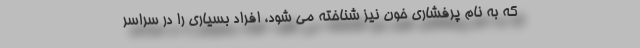
که به نام پرفشاری خون نیز شناخته می شود، افراد بسیاری را در سراسر